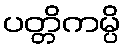
ပတ္တိကမ္ပိ